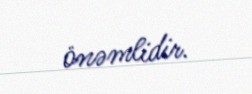
önəmlidir.